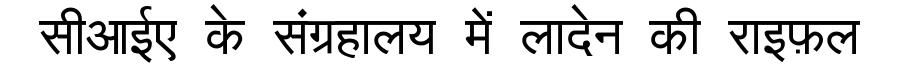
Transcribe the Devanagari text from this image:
सीआईए के संग्रहालय में लादेन की राइफ़ल